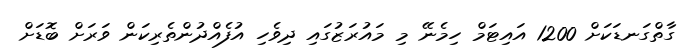
ގާތްގަނޑަކަށް 1200 އައިޓަމް ހިމެނޭ މި މައުރަޒުގައި ދިވެހި އުފެއްދުންތެރިކަން ވަރަށް ބޮޑަށް